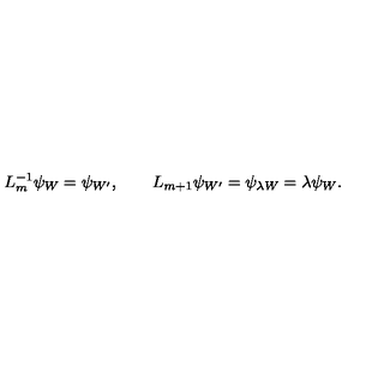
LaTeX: L _ { m } ^ { - 1 } \psi _ { W } = \psi _ { W ^ { \prime } } , \qquad L _ { m + 1 } \psi _ { W ^ { \prime } } = \psi _ { \lambda W } = \lambda \psi _ { W } .